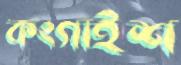
কংগাইশ